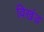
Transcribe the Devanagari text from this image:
विखंड